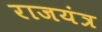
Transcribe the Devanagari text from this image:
राजयंत्र